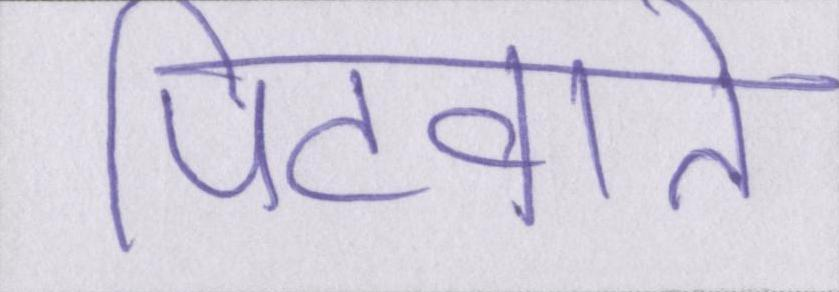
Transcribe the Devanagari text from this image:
पिटवाते